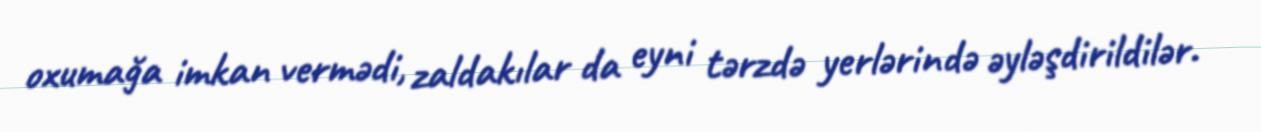
oxumağa imkan vermədi, zaldakılar da eyni tərzdə yerlərində əyləşdirildilər.